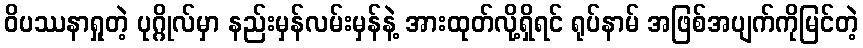
ဝိပဿနာရှုတဲ့ ပုဂ္ဂိုလ်မှာ နည်းမှန်လမ်းမှန်နဲ့ အားထုတ်လို့ရှိရင် ရုပ်နာမ် အဖြစ်အပျက်ကိုမြင်တဲ့